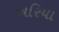
અરિયા